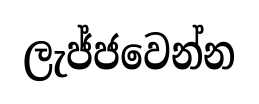
ලැජ්ජවෙන්න